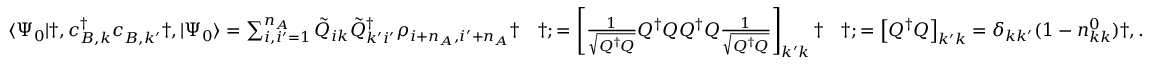
\begin{array} { r l r l } & { \langle \Psi _ { 0 } | \dag , c _ { B , k } ^ { \dagger } c _ { B , k ^ { \prime } } ^ { \phantom { \dagger } } \dag , | \Psi _ { 0 } \rangle = \sum _ { i , i ^ { \prime } = 1 } ^ { n _ { A } } \tilde { Q } _ { i k } \tilde { Q } _ { k ^ { \prime } i ^ { \prime } } ^ { \dagger } \rho _ { i + n _ { A } , i ^ { \prime } + n _ { A } } \dag } & { \dag ; = \left[ \frac { 1 } { \sqrt { Q ^ { \dagger } Q } } Q ^ { \dagger } Q Q ^ { \dagger } Q \frac { 1 } { \sqrt { Q ^ { \dagger } Q } } \right] _ { k ^ { \prime } k } \dag } & { \dag ; = \left[ Q ^ { \dagger } Q \right] _ { k ^ { \prime } k } = \delta _ { k k ^ { \prime } } ( 1 - n _ { k k } ^ { 0 } ) \dag , . } \end{array}